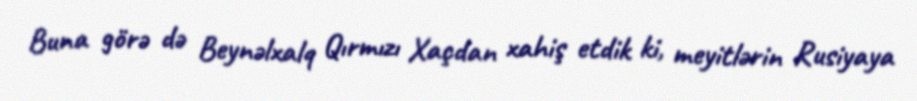
Buna görə də Beynəlxalq Qırmızı Xaçdan xahiş etdik ki, meyitlərin Rusiyaya